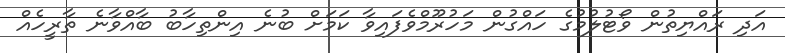
އަދި ރައްޔިތުން ވޯޓުލުމުގެ ހައްގުން މަހުރޫމްވެފައިވާ ކަމަށް ބުނެ އިންތިހާބު ބާއްވާނެ ތާރީހެއް